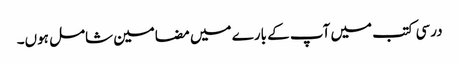
درسی کتب میں آپ کے بارے میں مضامین شامل ہوں۔